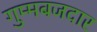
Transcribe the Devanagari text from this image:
गुम्मबजदार